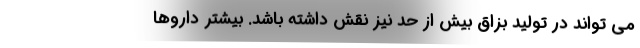
می تواند در تولید بزاق بیش از حد نیز نقش داشته باشد. بیشتر داروها